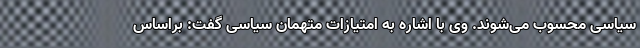
سیاسی محسوب می‌شوند. وی با اشاره به امتیازات متهمان سیاسی گفت: براساس